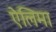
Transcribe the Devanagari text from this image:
ऐलिमा